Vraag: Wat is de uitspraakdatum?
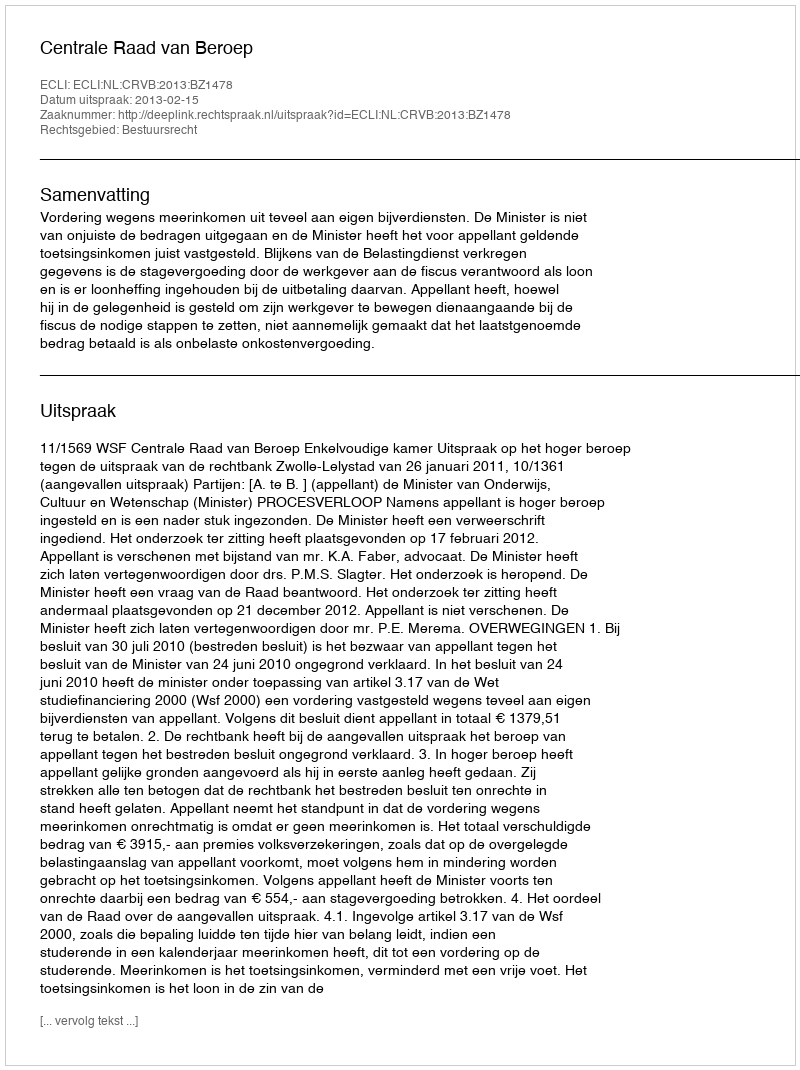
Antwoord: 2013-02-15